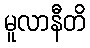
မူလာနီတိ